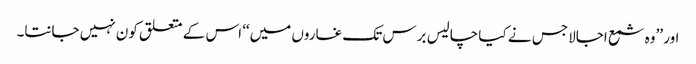
اور ’’وہ شمع اجالا جس نے کیا چالیس برس تک غاروں میں‘‘ اس کے متعلق کون نہیں جانتا۔